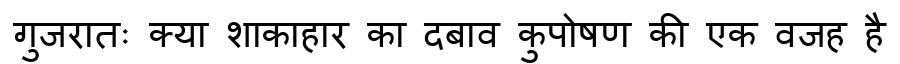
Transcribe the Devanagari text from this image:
गुजरातः क्या शाकाहार का दबाव कुपोषण की एक वजह है